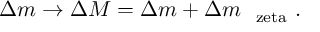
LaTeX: \Delta m \rightarrow \Delta M = \Delta m + \Delta m _ { \mathrm { \boldmath ~ \ z e t a ~ } } .